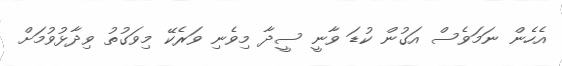
އެހެން ނަމަވެސް އަގުން ކުޑަ ވާނީ ސީދާ މިވެނި ވަރެކޭ މިވަގުތު ވިދާޅުވުމަށް